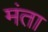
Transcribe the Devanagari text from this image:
मंता